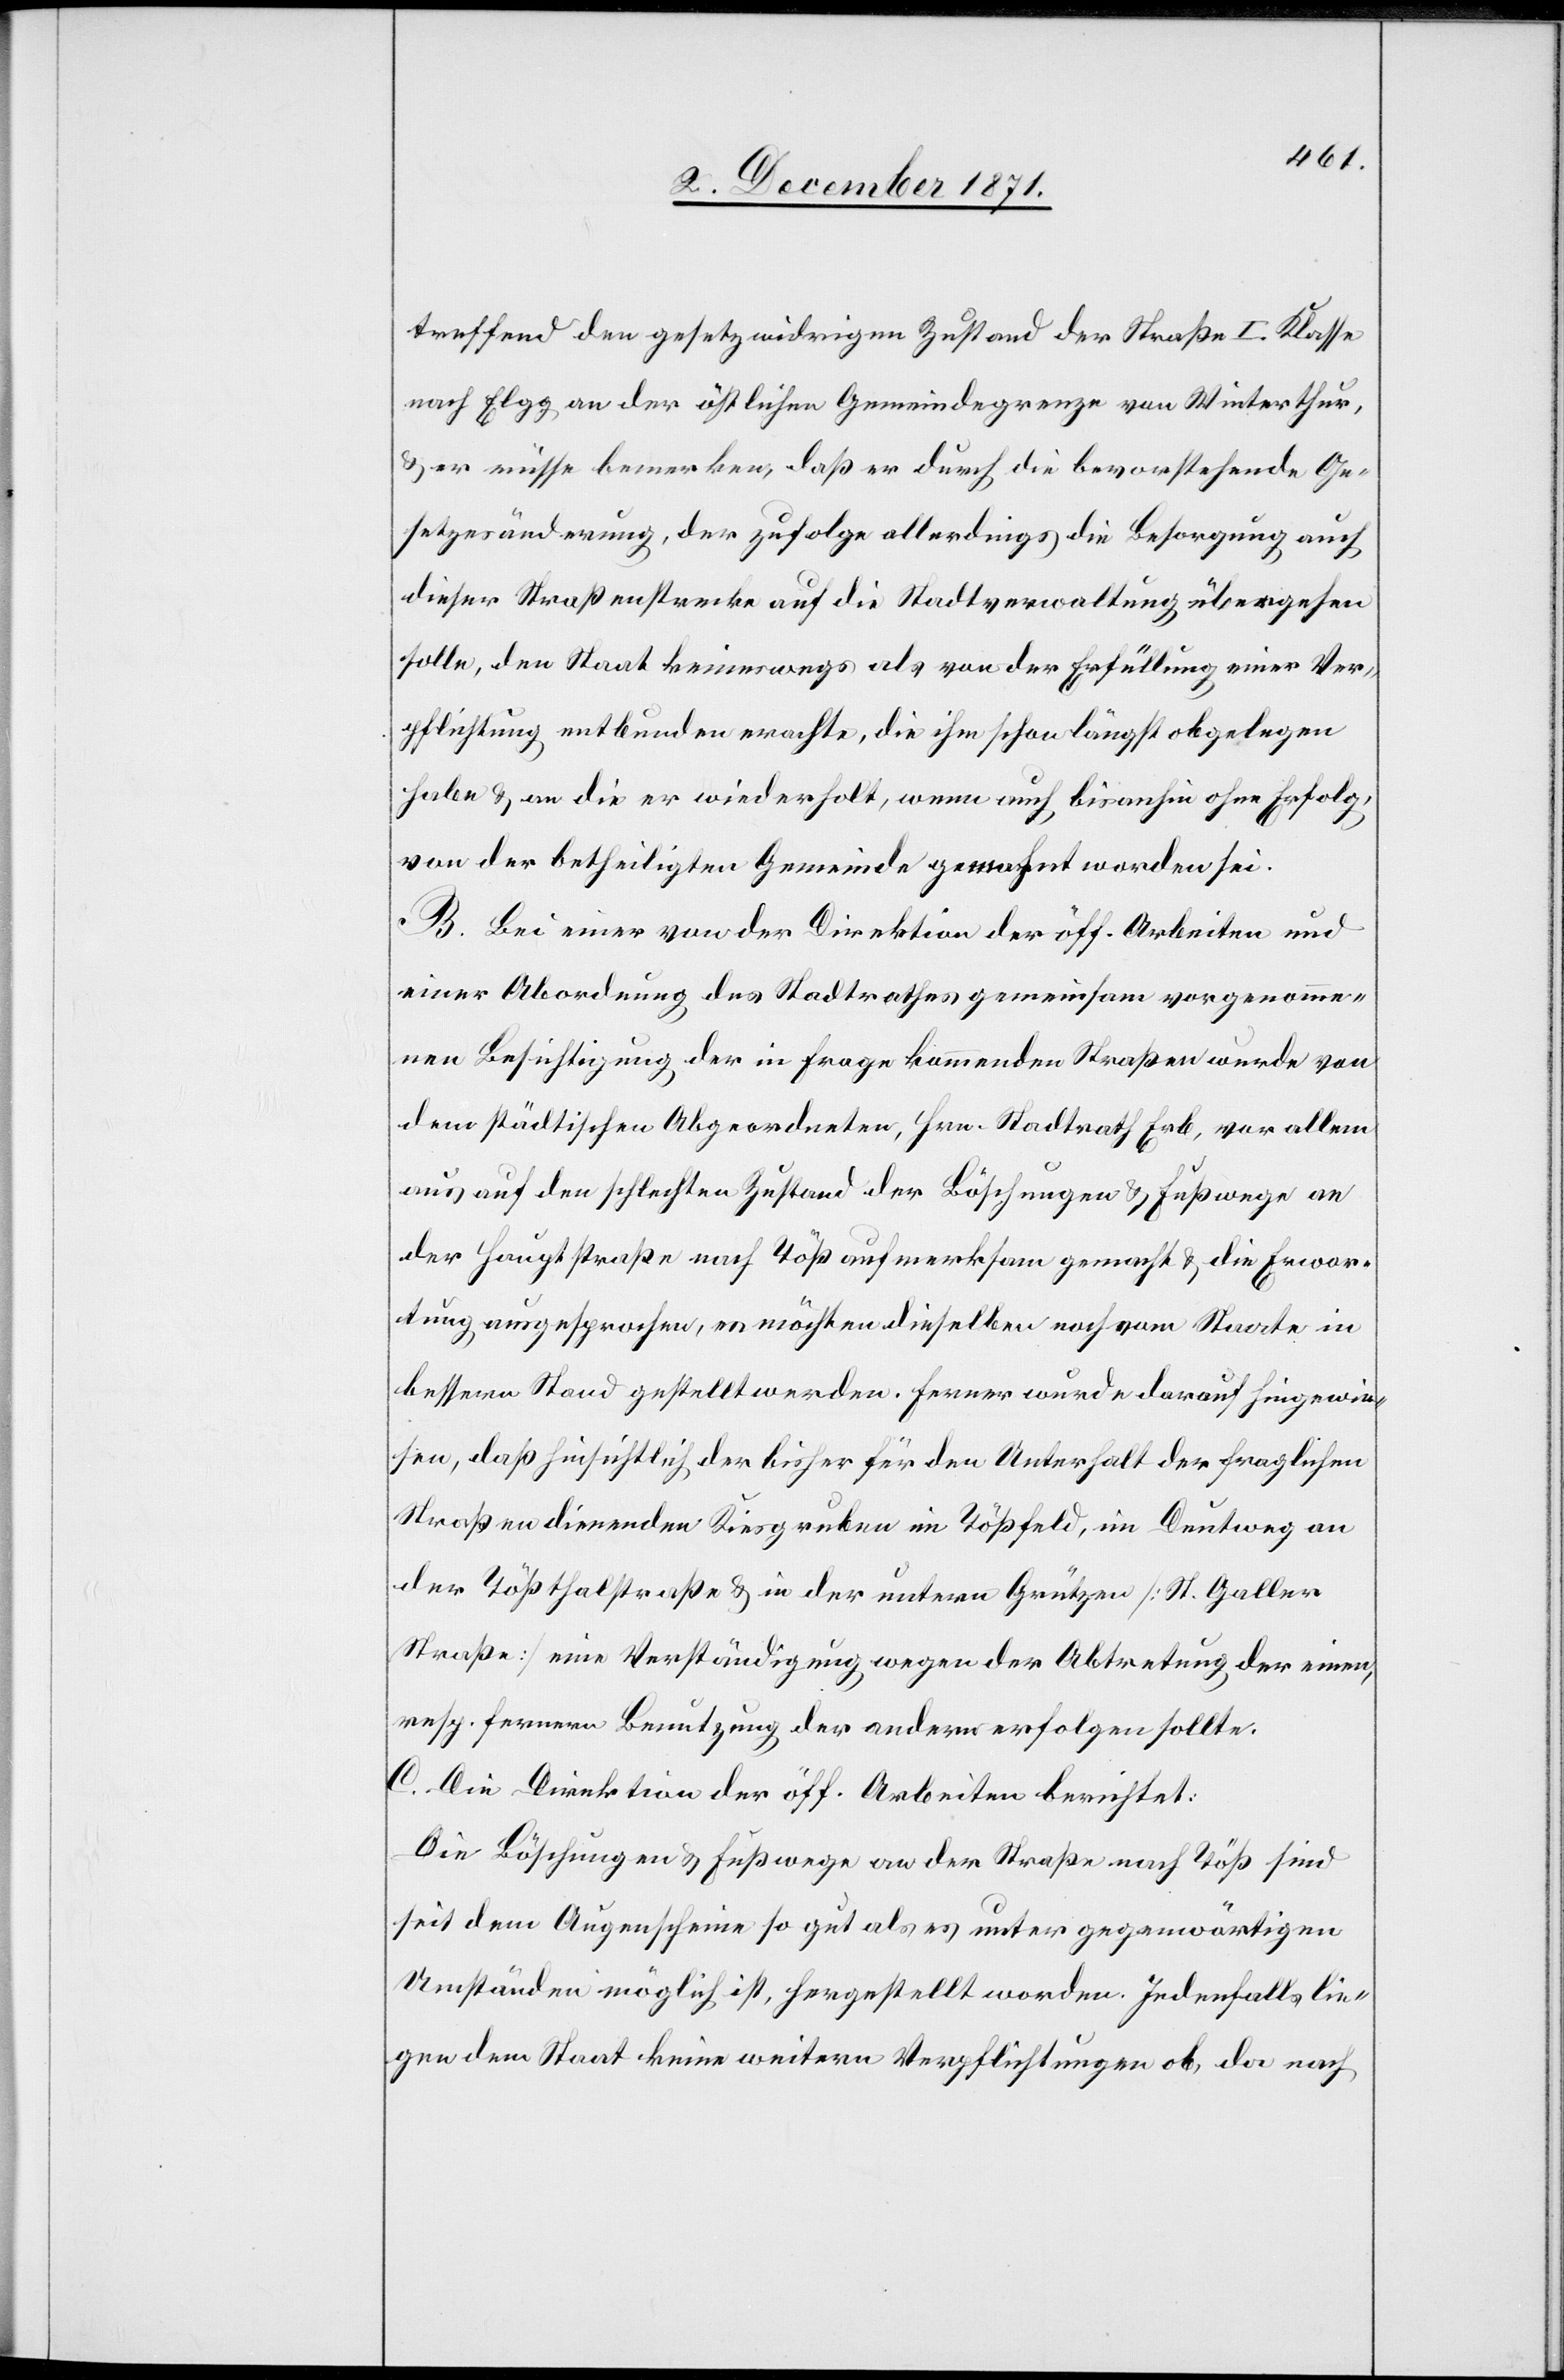
treffend den gesetzwidrigen Zustand der Straße I. Klasse
nach Elgg an der östlichen Gemeindegrenze von Winterthur,
& er müsse bemerken, daß er durch die bevorstehende Ge¬
setzesänderung, der zufolge allerdings die Besorgung auch
dieser Straßenstrecke auf die Stadtverwaltung übergehen
solle, den Staat keineswegs als von der Erfüllung einer Ver¬
pflichtung entbunden erachte, die ihm schon längst obgelegen
habe & an die er wiederholt, wenn auch bis anhin ohne Erfolge,
von der betheiligten Gemeinde gemahnt worden sei.
B. Bei einer von der Direktion der öff. Arbeiten und
einer Abordnung des Stadtrathes gemeinsam vorgenomme¬
nen Besichtigung der in Frage kommenden Straßen wurde von
dem städtischen Abgeordneten, Hrn. Stadtrath Erb, vor allem
auch auf den schlechten Zustand der Böschungen & Fußwege an
der Hauptstraße nach Töß aufmerksam gemacht & die Erwar¬
tung ausgesprochen, es möchten dieselben noch vom Staate in
bessern Stand gestellt werden. Ferner wurde darauf hingewie¬
sen, daß hinsichtlich der bisher für den Unterhalt der fraglichen
Straßen dienenden Kiesgruben im Tößfeld, im Deutweg an
der Tößthalstraße & in der untern Grützen [St. Galler
Straße] eine Verständigung wegen der Abtretung der einen,
resp. fernern Benutzung der andern erfolgen sollte.
C. Die Direktion der öff. Arbeiten berichtet:
Die Böschungen & Fußwege an der Straße nach Töß sind
seit dem Augenscheine so gut als es unter gegenwärtigen
Umständen möglich ist, hergestellt worden. Jedenfalls lie¬
gen dem Staat keine weitern Verpflichtungen ob, da nach